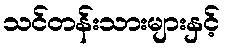
သင်တန်းသားများနှင့်